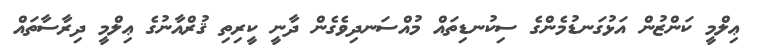
ޢިލްމީ ކަންޒުން އަޅުގަނޑުމެންގެ ސިކުނޑިތައް މުއްސަނދިވެގެން ދާނީ ކީރިތި ޤުރްއާނުގެ ޢިލްމީ ދިރާސާތައް